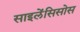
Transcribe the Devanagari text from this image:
साइलेंसिसोस